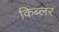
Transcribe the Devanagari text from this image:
किब्लर